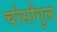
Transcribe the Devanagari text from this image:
चोसोंगुल